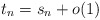
\begin{align*}t_n=s_n+o(1)\end{align*}